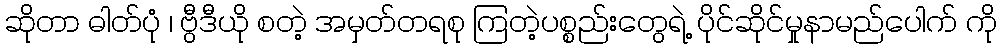
ဆိုတာ ဓါတ်ပုံ ၊ ဗွီဒီယို စတဲ့ အမှတ်တရစု ကြတဲ့ပစ္စည်းတွေရဲ့ ပိုင်ဆိုင်မှုနာမည်ပေါက် ကို